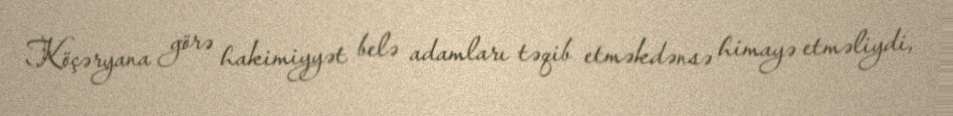
Köçəryana görə hakimiyyət belə adamları təqib etməkdənsə himayə etməliydi,